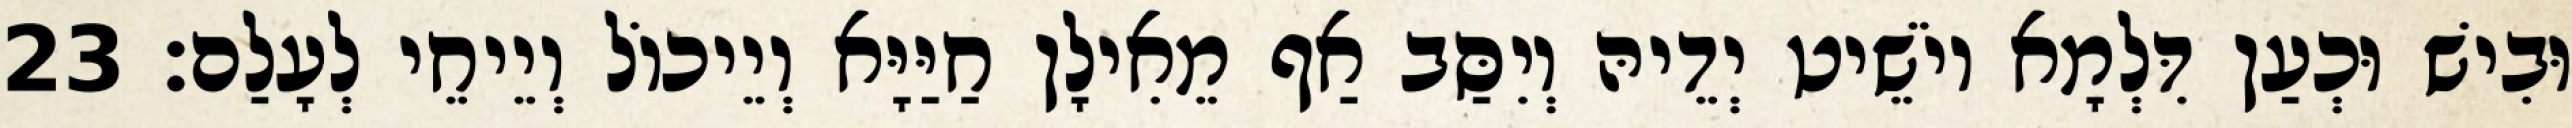
וּבִישׁ וּכְעַן דִּלְמָא יוֹשֵׁיט יְדֵיהּ וְיִסַּב אַף מֵאִילָן חַיַּיָּא וְיֵיכוֹל וְיֵיחֵי לְעָלַם׃ 23